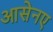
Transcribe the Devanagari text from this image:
आसेनए